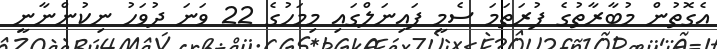
އެގޮތުން މުބާރާތުގެ ފުރަތަމަ ސެމީ ފައިނަލްގައި މިމަހުގެ 22 ވަނަ ދުވަހު ނިކުންނާނީ